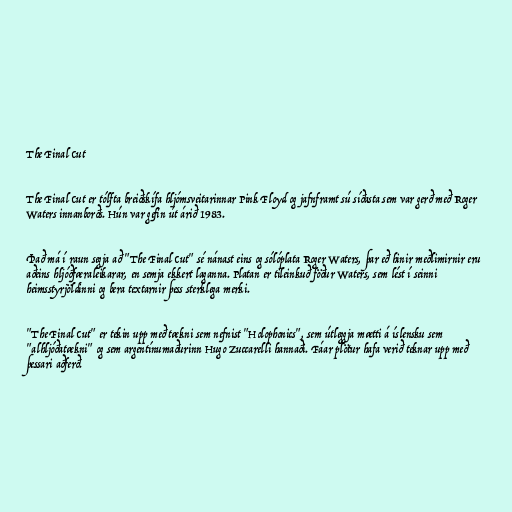
The Final Cut

The Final Cut er tólfta breiðskífa hljómsveitarinnar Pink Floyd og jafnframt sú síðasta sem var gerð með Roger
Waters innanborðs. Hún var gefin út árið 1983.

Það má í raun segja að "The Final Cut" sé nánast eins og sólóplata Roger Waters, þar eð hinir meðlimirnir eru
aðeins hljóðfæraleikarar, en semja ekkert laganna. Platan er tileinkuð föður Waters, sem lést í seinni
heimsstyrjöldinni og bera textarnir þess sterklega merki.

"The Final Cut" er tekin upp með tækni sem nefnist "Holophonics", sem útleggja mætti á íslensku sem
"alhljóðatækni" og sem argentínumaðurinn Hugo Zuccarelli hannaði. Fáar plötur hafa verið teknar upp með
þessari aðferð.